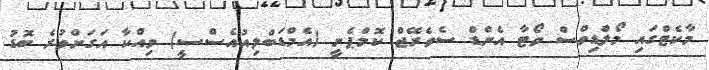
މާކެޓްގައި މޯލްޑިވްސް ވޯޓާ އެންޑް ސެވެރޭޖް ކޮމްޕެނީ (އެމްޑަބްލިއުއެސްސީ) ވިއްކާ އަގަށްވުރެ ބޮޑު